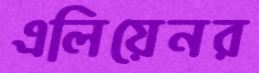
এলিয়েনর